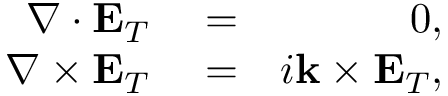
\begin{array} { r l r } { \nabla \cdot \mathbf { E } _ { T } } & { { } = } & { 0 , } \\ { \nabla \times \mathbf { E } _ { T } } & { { } = } & { i \mathbf { k } \times \mathbf { E } _ { T } , } \end{array}